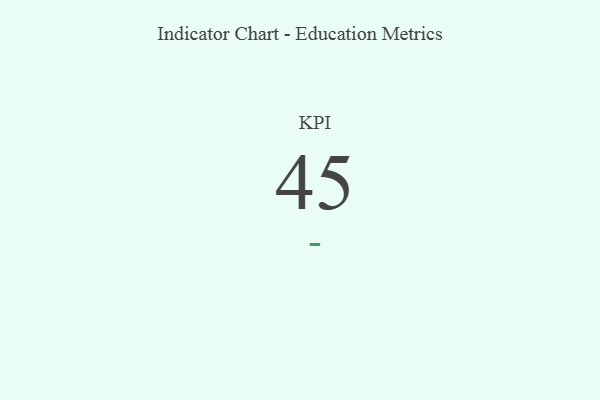
{"axis": {"x": "KPI", "y": "Value"}, "legend": [""], "data": [{"x": "KPI", "y": 45, "type": ""}]}